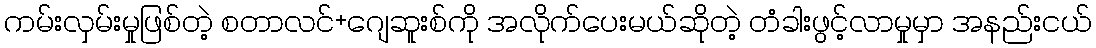
ကမ်းလှမ်းမှုဖြစ်တဲ့ စတာလင်+ဂျေဆူးစ်ကို အလိုက်ပေးမယ်ဆိုတဲ့ တံခါးဖွင့်လာမှုမှာ အနည်းငယ်